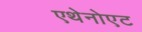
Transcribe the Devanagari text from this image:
एथेनोएट